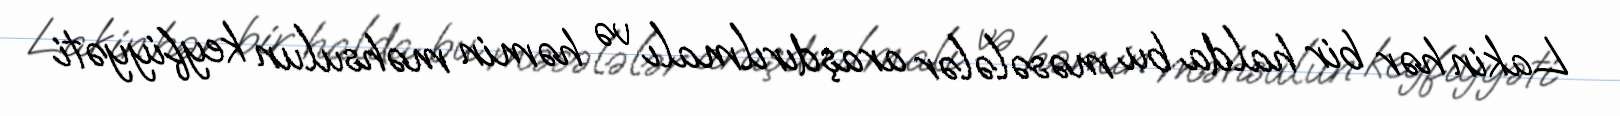
Lakin hər bir halda bu məsələlər araşdırılmalı və həmin məhsulun keyfiyyəti